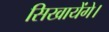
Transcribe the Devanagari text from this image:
सिखायेंगे।